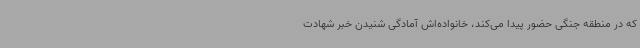
که در منطقه جنگی حضور پیدا می‌کند، خانواده‌اش آمادگی شنیدن خبر شهادت